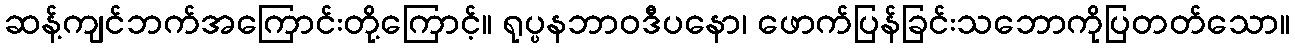
ဆန့်ကျင်ဘက်အကြောင်းတို့ကြောင့်။ ရုပ္ပနဘာဝဒီပနော၊ ဖောက်ပြန်ခြင်းသဘောကိုပြတတ်သော။